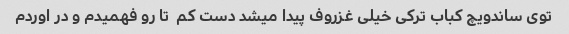
توی ساندویچ کباب ترکی خیلی غزروف پیدا میشد دست کم  تا رو فهمیدم و در اوردم